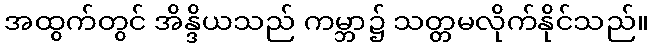
အထွက်တွင် အိန္ဒိယသည် ကမ္ဘာ၌ သတ္တမလိုက်နိုင်သည်။